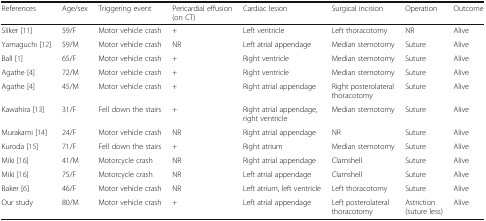
| References | Age/sex | Triggering event | Pericardial effusion (on CT) | Cardiac lesion | Surgical incision | Operation | Outcome |
 | --- | --- | --- | --- | --- | --- | --- | --- |
 | Sliker [11] | 59/F | Motor vehicle crash | + | Left ventricle | Left thoracotomy | NR | Alive |
 | Yamaguchi [12] | 59/M | Motor vehicle crash | NR | Left atrial appendage | Median sternotomy | Suture | Alive |
 | Ball [1] | 65/F | Motor vehicle crash | + | Right ventricle | Median sternotomy | Suture | Alive |
 | Agathe [4] | 72/M | Motor vehicle crash | + | Right ventricle | Median sternotomy | Suture | Alive |
 | Agathe [4] | 45/M | Motor vehicle crash | + | Right atrial appendage | Right posterolateral thoracotomy | Suture | Alive |
 | Kawahira [13] | 31/F | Fell down the stairs | + | Right atrial appendage, right ventricle | Median sternotomy | Suture | Alive |
 | Murakami [14] | 24/F | Motor vehicle crash | NR | Right atrial appendage | NR | Suture | Alive |
 | Kuroda [15] | 71/F | Fell down the stairs | + | Right atrium | Median sternotomy | Suture | Alive |
 | Miki [16] | 41/M | Motorcycle crash | NR | Right atrial appendage | Clamshell | Suture | Alive |
 | Miki [16] | 75/F | Motorcycle crash | NR | Left atrial appendage | Clamshell | Suture | Alive |
 | Baker [6] | 46/F | Motor vehicle crash | NR | Left atrium, left ventricle | Left thoracotomy | Suture | Alive |
 | Our study | 80/M | Motor vehicle crash | + | Left atrial appendage | Left posterolateral thoracotomy | Astriction (suture less) | Alive |